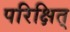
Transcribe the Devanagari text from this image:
परिक्षित्